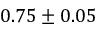
0 . 7 5 \pm 0 . 0 5